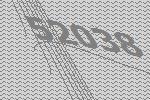
52038